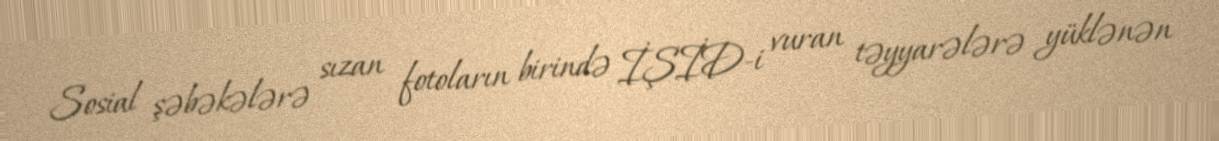
Sosial şəbəkələrə sızan fotoların birində İŞİD-i vuran təyyarələrə yüklənən